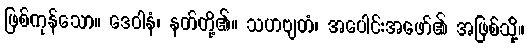
ဖြစ်ကုန်သော။ ဒေဝါနံ၊ နတ်တို့၏။ သဟဗျတံ၊ အပေါင်းအဖော်၏ အဖြစ်သို့။